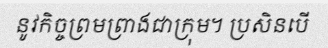
នូវកិច្ចព្រមព្រាងជាក្រុម។ ប្រសិនបើ